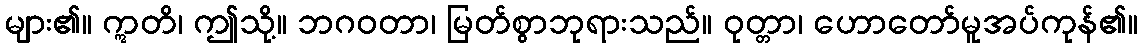
များ၏။ ဣတိ၊ ဤသို့။ ဘဂဝတာ၊ မြတ်စွာဘုရားသည်။ ဝုတ္တာ၊ ဟောတော်မူအပ်ကုန်၏။